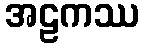
အဠကဿ